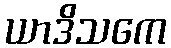
ယာဒိသကေ